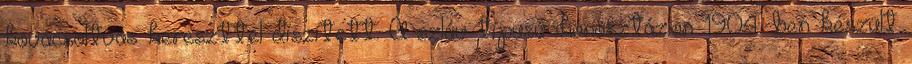
kovácsoltvas kereszttel díszített. A szláv típusú ikonosztázion 1904-ben készült